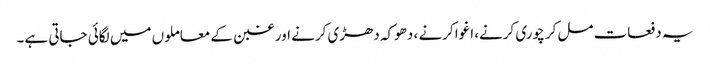
یہ دفعات مل‌کر چوری کرنے، اغوا کرنے ، دھوکہ دھڑی کرنے اور غبن کے معاملوں میں لگائی جاتی ہے۔